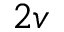
2 v